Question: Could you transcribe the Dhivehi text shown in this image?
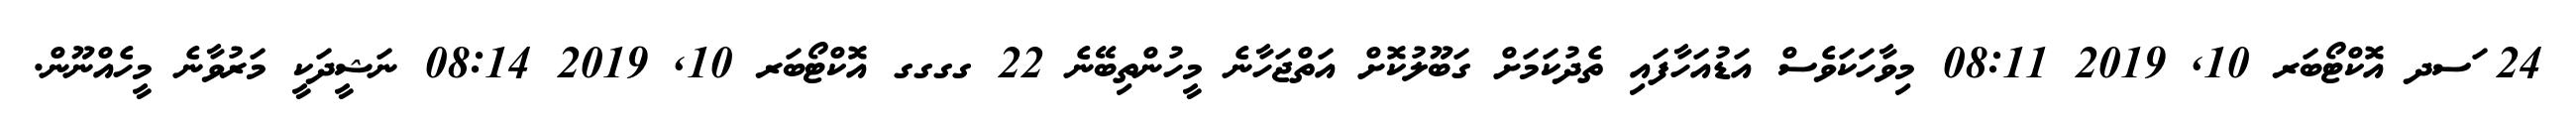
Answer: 24 ަސދ އޮކްޓޯބަރ 10, 2019 08:11 މިވާހަކަވެސް އަޑުއަހާފައި ތެދުކަމަށް ގަބޫލުކޮށް އަތްޖަހާނެ މީހުންތިބޭނެ 22 ގގގގ އޮކްޓޯބަރ 10, 2019 08:14 ނަޝީދަކީ މަރުވާނެ މީހެއްނޫން.